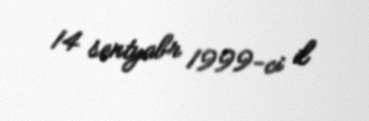
14 sentyabr 1999-ci il